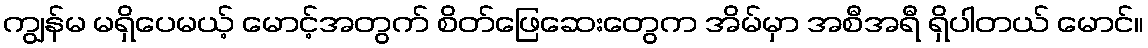
ကျွန်မ မရှိပေမယ့် မောင့်အတွက် စိတ်ဖြေဆေးတွေက အိမ်မှာ အစီအရီ ရှိပါတယ် မောင်။